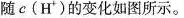
随c(H^{+})的变化如图所示。